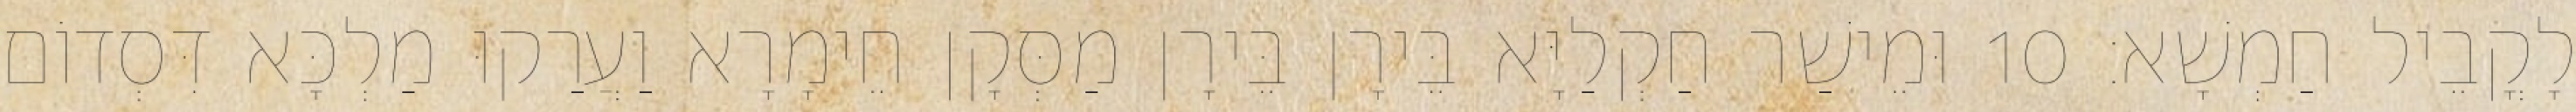
לָקֳבֵיל חַמְשָׁא׃ 10 וּמֵישַׁר חַקְלַיָּא בֵּירָן בֵּירָן מַסְּקָן חֵימָרָא וַעֲרַקוּ מַלְכָּא דִּסְדוֹם